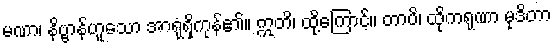
မဏာ၊ နိဗ္ဗာန်ဟူသော အာရုံရှိကုန်၏။ ဣတိ၊ ထို့ကြောင့်။ တာပိ၊ ထိုကရုဏာ မုဒိတာ